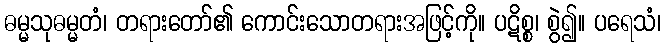
ဓမ္မသုဓမ္မတံ၊ တရားတော်၏ ကောင်းသောတရားအဖြင့်ကို။ ပဋိစ္စ၊ စွဲ၍။ ပရေသံ၊